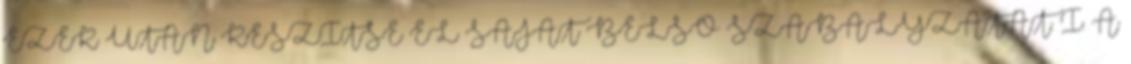
EZEK UTÁN KÉSZÍTSE EL SAJÁT BELSŐ SZABÁLYZATÁT. I. A